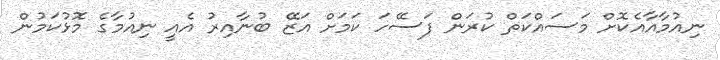
ނިއުމާއާއެކޮށް މަސައްކަތް ކުރަން ފަސޭހަ ކަމަށް އަޒޭ ބުނާއިރު އެއީ ނިއުމާގެ މޮޅުކަމުން